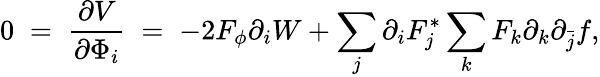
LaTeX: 0\; =\; \frac{\partial V}{\partial\Phi_{i}}\; =\; -2F_{\phi}\partial_{i}W+\sum_{j}\partial_{i}F_{j}^{*}\sum_{k}F_{k}\partial_{k}\partial_{\bar{j}}f,